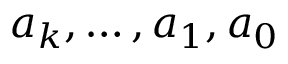
a _ { k } , \dotsc , a _ { 1 } , a _ { 0 }